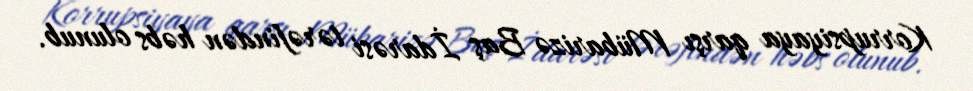
Korrupsiyaya qarşı Mübarizə Baş İdarəsi tərəfindən həbs olunub.